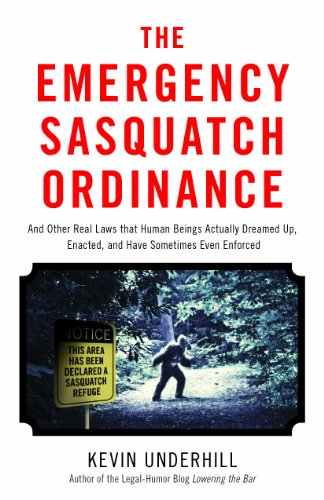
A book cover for The Emergency Sasquatch Ordinance: And Other Real Laws that Human Beings Actually Dreamed Up; Kevin Underhill; Humor & Entertainment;